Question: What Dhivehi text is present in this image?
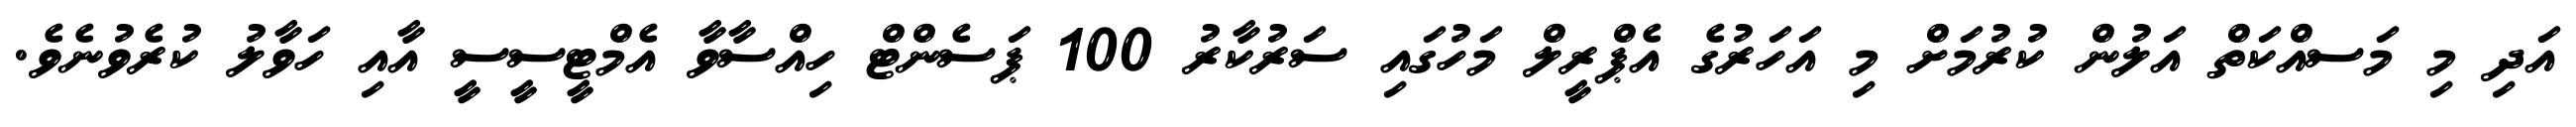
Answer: އަދި މި މަސއްކަތް އަލުން ކުރުމަށް މި އަހަރުގެ އެޕްރީލް މަހުގައި ސަރުކާރު 100 ޕަސެންޓް ހިއްސާވާ އެމްޓީސީސީ އާއި ހަވާލު ކުރެވުނެވެ.